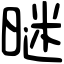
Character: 𣉢